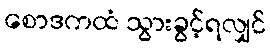
စောဒကထံ သွားခွင့်ရလျှင်